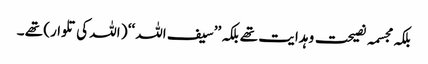
بلکہ مجسمہ نصیحت و ہدایت تھے بلکہ ’’سیف اللہ ‘‘ ( اللہ کی تلوار) تھے ۔